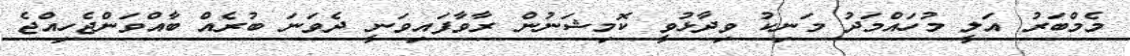
މެމްބަރު އަލީ މުހައްމަދު މަނިކު ވިދާޅުވީ ކޮމިޝަނުން ރާވާފައިވަނީ ދެވަނަ ބުރެއް ބާއްވަންޖެހިއްޖެ